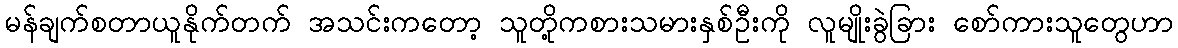
မန်ချက်စတာယူနိုက်တက် အသင်းကတော့ သူတို့ကစားသမားနှစ်ဦးကို လူမျိုးခွဲခြား စော်ကားသူတွေဟာ